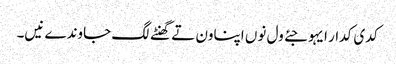
کدی کدار ایہو جئے ول نوں اپناون تے گھنٹے لگ جاوندے نیں۔